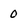
Character: 0